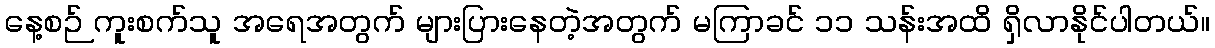
နေ့စဉ် ကူးစက်သူ အရေအတွက် များပြားနေတဲ့အတွက် မကြာခင် ၁၁ သန်းအထိ ရှိလာနိုင်ပါတယ်။